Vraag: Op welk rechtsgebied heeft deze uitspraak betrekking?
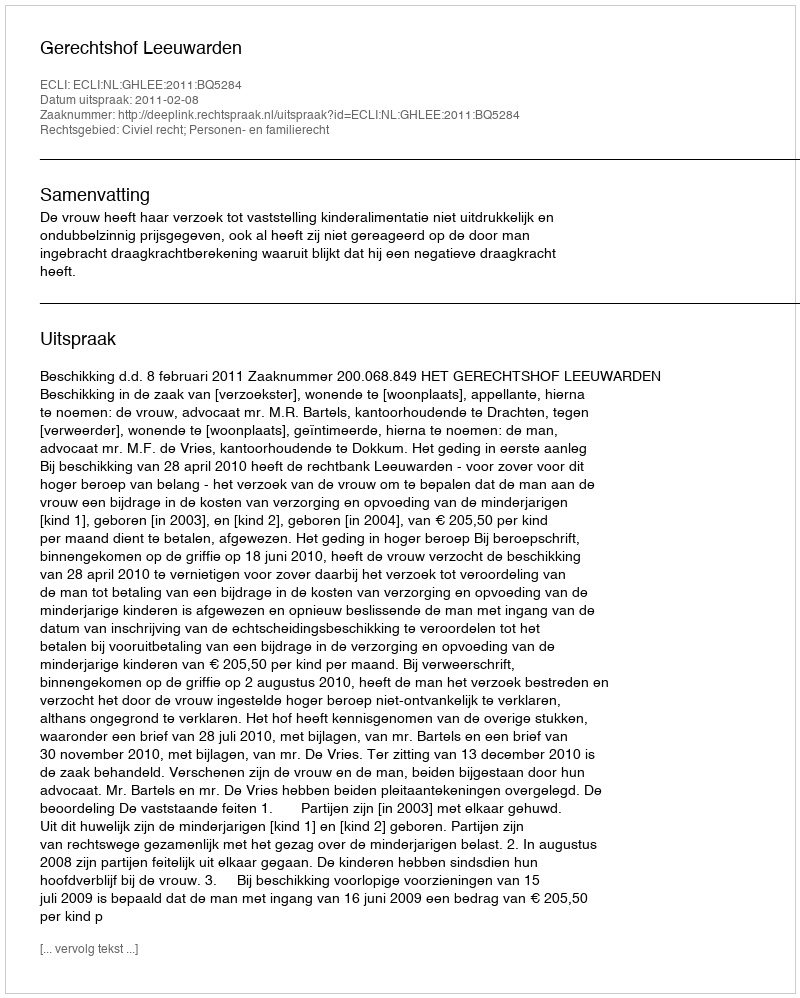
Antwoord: Civiel recht; Personen- en familierecht